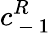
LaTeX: c_{\mathrm{~-~}1}^{R}